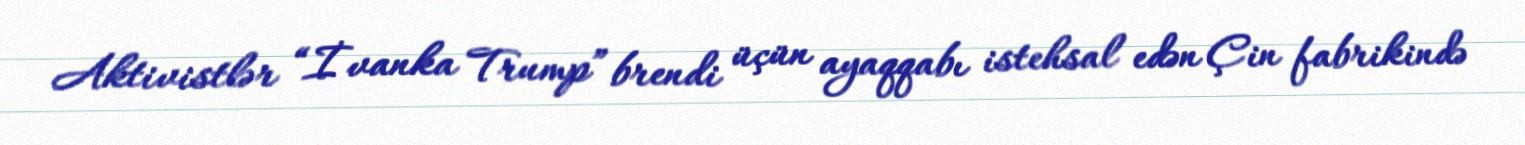
Aktivistlər “İvanka Trump” brendi üçün ayaqqabı istehsal edən Çin fabrikində